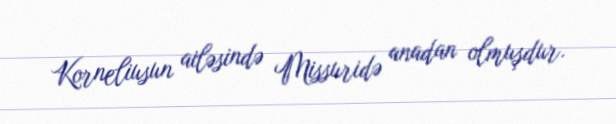
Korneliusun ailəsində Missuridə anadan olmuşdur.